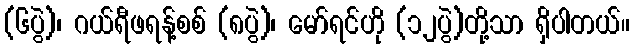
(၆ပွဲ)၊ ဂယ်ရီဖရန့်စစ် (၈ပွဲ)၊ မော်ရင်ဟို (၁၂ပွဲ)တို့သာ ရှိပါတယ်။